Plague in India, 1896, 1897 - Volume 3
Year: 1896
Disease focus: Plague
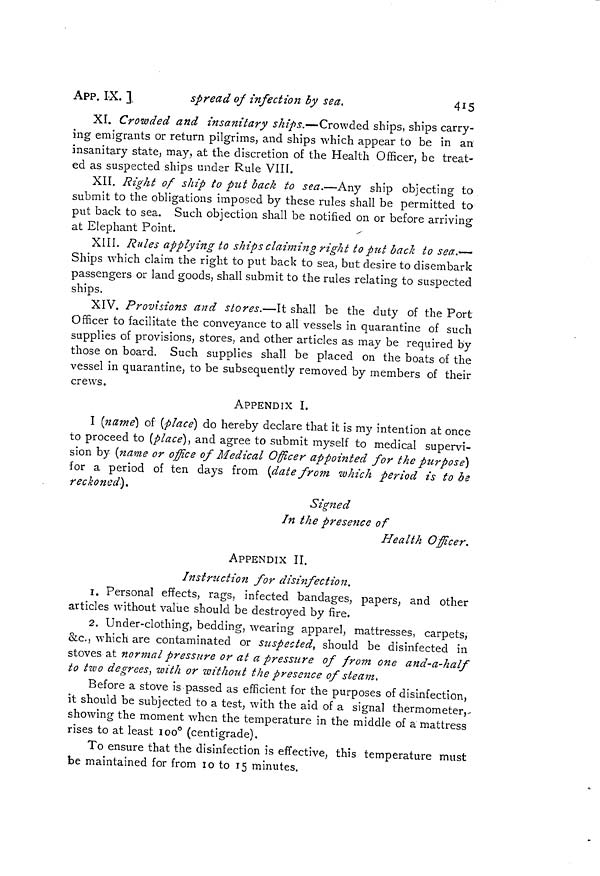
APP. LX. ]
spread of infection by sea.
415
XI. Crowded and insanitary ships,—Crowded ships, ships carry-
ing emigrants or return pilgrims, and ships which appear to be in an
insanitary state, may, at the discretion of the Health Officer, be treat-
ed as suspected ships under Rule VIII.
XII. Right of ship to put back to sea.—Any ship objecting to
submit to the obligations imposed by these rules shall be permitted to
put back to sea. Such objection shall be notified on or before arriving
at Elephant Point.
XIII. Rules applying to ship s claimin g right to put back to sea.—
Ships which claim the right to put back to sea, but desire to disembark
passengers or land goods, shall submit to the rules relating to suspected
ships.
XIV. Provisions and stores.—It shall be the duty of the Port
Officer to facilitate the conveyance to all vessels in quarantine of such
supplies of provisions, stores, and other articles as may be required by
those on board. Such supplies shall be placed on the boats of the
vessel in quarantine, to be subsequently removed by members of their
crews.
APPENDIX I.
I (name) of (place] do hereby declare that it is my intention at once
to proceed to (place}, and agree to submit myself to medical supervi-
sion by (name or office of Medical Officer appointed for the purpose]
for a period of ten days from (date from which period is to be
reckoned}.
Signed
In the presence of
Health Officer.
APPENDIX II.
Instruction for disinfection.
1. Personal effects, rags, infected bandages, papers, and other
articles without value should be destroyed by fire.
2. Under-clothing, bedding, wearing apparel, mattresses, carpets,
&c., which are contaminated or szispected¡ should be disinfected in
stoves at normal pressure or at a pressure of from one and-a-half
to two degrees, with or without the presence of steam.
Before a stove is passed as efficient for the purposes of disinfection,
it should be subjected to a test, with the aid of a signal thermometer,-
showing the moment when the temperature in the middle of a mattress
rises to at least 100° (centigrade).
To ensure that the disinfection is effective, this temperature must
be maintained for from 10 to 15 minutes.